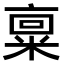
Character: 𫡿